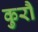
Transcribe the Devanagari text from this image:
कुरौ